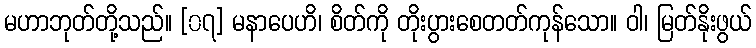
မဟာဘုတ်တို့သည်။ [၀၇] မနာပေဟိ၊ စိတ်ကို တိုးပွားစေတတ်ကုန်သော။ ဝါ၊ မြတ်နိုးဖွယ်